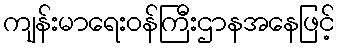
ကျန်းမာရေးဝန်ကြီးဌာနအနေဖြင့်